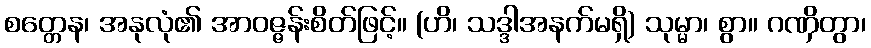
စတ္တေန၊ အနုလုံ၏ အာဝဇ္ဇန်းစိတ်ဖြင့်။ (ဟိ၊ သဒ္ဒါအနက်မရှိ) သုမ္မာ၊ စွာ။ ဂဏှိတွာ၊